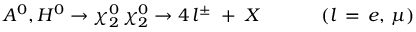
A ^ { 0 } , H ^ { 0 } \rightarrow \chi _ { 2 } ^ { 0 } \, \chi _ { 2 } ^ { 0 } \rightarrow 4 \, l ^ { \pm } \; + \; X \; \; \; \; \, \, \, \, \, \, \, \, \, \, \, \, \, ( l \, = \, e , \, \mu )